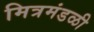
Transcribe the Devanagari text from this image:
मित्रमंडळी